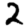
Digit: 2